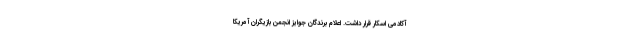
آکادمی اسکار قرار داشت. اعلام برندگان جوایز انجمن بازیگران آمریکا